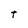
Character: t